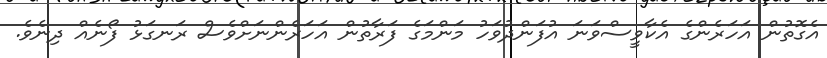
އެގޮތުން އަހަރެންގެ އެކާވީސްވަނަ އުފަންދުވަހު މަންމަގެ ފަރާތުން އަހަރެންނަށްވެސް ރަނގަޅު ފޯނެއް ދިނެވެ.